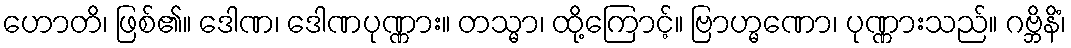
ဟောတိ၊ ဖြစ်၏။ ဒေါဏ၊ ဒေါဏပုဏ္ဏား။ တသ္မာ၊ ထို့ကြောင့်။ ဗြာဟ္မဏော၊ ပုဏ္ဏားသည်။ ဂဗ္ဘိနိံ၊